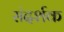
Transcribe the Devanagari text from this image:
संदर्शक